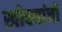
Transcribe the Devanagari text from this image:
खोक्यांची